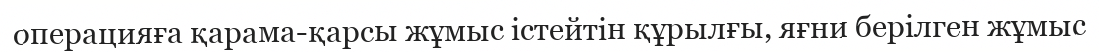
операцияға қарама-қарсы жұмыс істейтін құрылғы, яғни берілген жұмыс